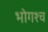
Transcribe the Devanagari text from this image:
भोगश्च